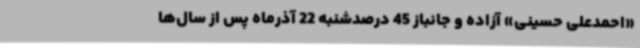
«احمدعلی حسینی» آزاده و جانباز 45 درصدشنبه 22 آذرماه پس از سال‌ها